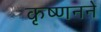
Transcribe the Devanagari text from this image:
कृष्णनने